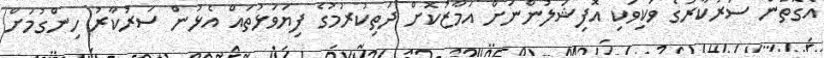
އެގޮތުން ސަރުކާރުގެ ވަކިވަކި އޮފިޝަލުންނަށް އަމާޒުކޮށް ދަތިކުރުމުގެ ފިޔަވަޅުތައް އެޅުން ސަރުކާރު ހިންގުމަށް